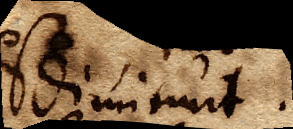
diminuit.